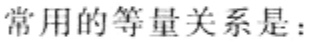
常用的等量关系是：